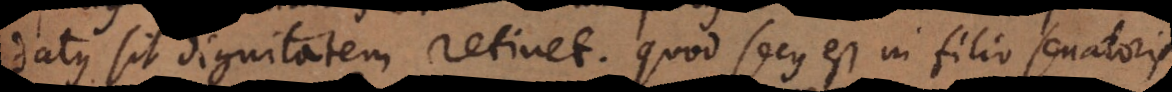
datus sit dignitatem retinet. Quod secus est in filio senatoris